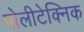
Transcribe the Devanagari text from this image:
पोलीटेक्निक